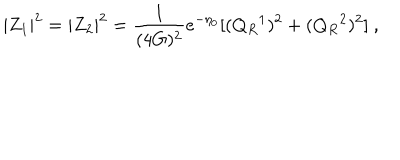
| Z _ { 1 } | ^ { 2 } = | Z _ { 2 } | ^ { 2 } = { \frac { 1 } { ( 4 G ) ^ { 2 } } } e ^ { - \eta _ { 0 } } [ ( Q _ { R } { } ^ { 1 } ) ^ { 2 } + ( Q _ { R } { } ^ { 2 } ) ^ { 2 } ] \ ,